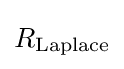
R_{\text{Laplace}}